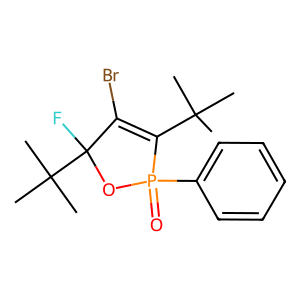
SMILES: CC(C)(C)C1=C(Br)C(F)(C(C)(C)C)OP1(=O)c1ccccc1
Inhibits HIV replication: No